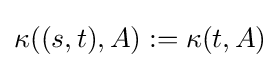
\kappa ((s,t),A):=\kappa (t,A)